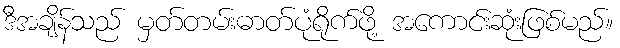
ဒီအချိန်သည် မှတ်တမ်းဓာတ်ပုံရိုက်ဖို့ အကောင်းဆုံးဖြစ်မည်။